Lunatic asylums in Bengal annual reports 1912-1924 - 1912-1924
Year: 1912
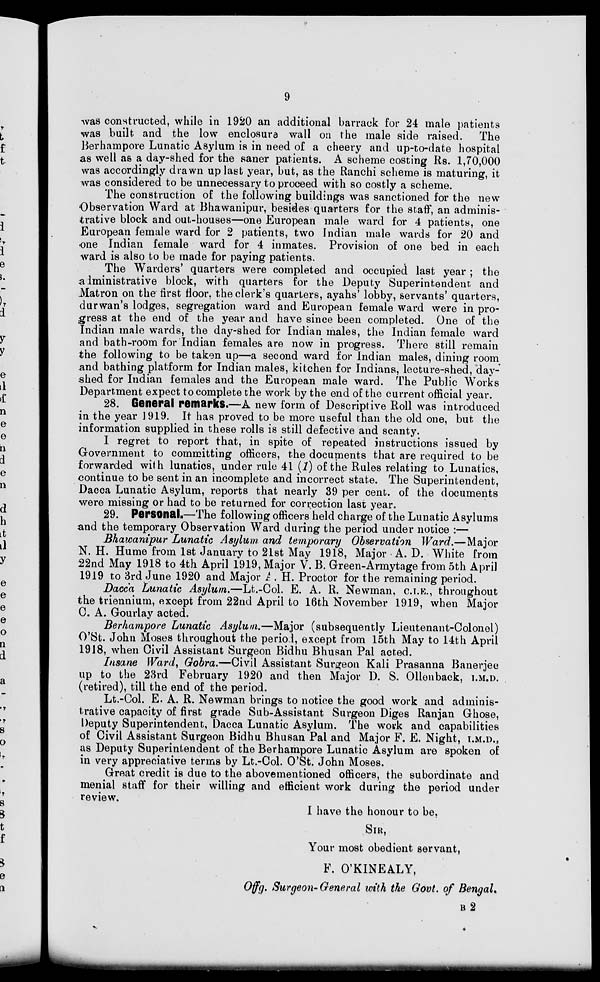
9
was constructed, while in 1920 an additional barrack for 24 male patients
was built and the low enclosure wall on the male side raised.
The
Berhampore Lunatic Asylum is in need of a cheery and up-to-date hospital
as well as a day-shed for the saner patients. A scheme costing Rs. 1,70,000
was accordingly drawn up last year, but, as the Ranchi scheme is maturing, it
was considered to be unnecessary to proceed with so costly a scheme.
The construction of the following buildings was sanctioned for the new
Observation Ward at Bhawanipur, besides quarters for the staff, an adminis-
trative block and out-houses—one European male ward for 4 patients, one
European female ward for 2 patients, two Indian male wards for 20 and
one Indian female ward for 4 inmates. Provision of one bed in each
ward is also to be made for paying patients.
The Warders' quarters were completed and occupied last year ; the
administrative block, with quarters for the Deputy Superintendent and
Matron on the first floor, the clerk's quarters, ayahs' lobby, servants' quarters,
durwan's lodges, segregation ward and European female ward were in pro-
gress at the end of the year and have since been completed. One of the
Indian male wards, the day-shed for Indian males, the Indian female ward
and bath-room for Indian females are now in progress. There still remain
the following to be taken up—a second ward for Indian males, dining room
and bathing platform for Indian males, kitchen for Indians, lecture-shed, day-
shed for Indian females and the European male ward. The Public Works
Department expect to complete the work by the end of the current official year.
28. General remarks.—A new form of Descriptive Roll was introduced
in the year 1919. It has proved to be more useful than the old one, but the
information supplied in these rolls is still defective and scanty.
I regret to report that, in spite of repeated instructions issued by
Government to committing officers, the documents that are required to be
forwarded with lunatics, under rule 41 (1) of the Rules relating to Lunatics,
continue to be sent in an incomplete and incorrect state. The Superintendent,
Dacca Lunatic Asylum, reports that nearly 39 per cent. of the documents
were missing or had to be returned for correction last year.
29. Personal.—The following officers held charge of the Lunatic Asylums
and the temporary Observation Ward during the period under notice :—
Bhawanipur Lunatic Asylum and temporary Observation Ward.—Major
N. H. Hume from 1st January to 21st May 1918, Major A. D. White from
22nd May 1918 to 4th April 1919, Major V. B. Green-Armytage from 5th April
1919 to 3rd June 1920 and Major A. H. Proctor for the remaining period.
Dacca Lunatic Asylum.—Lt.-Col. E. A. R. Newman, C.I.E., throughout
the triennium, except from 22nd April to 16th November 1919, when Major
C. A. Gourlay acted.
Berhampore Lunatic Asylum.—Major (subsequently Lieutenant-Colonel)
O'St. John Moses throughout the period, except from 15th May to 14th April
1918, when Civil Assistant Surgeon Bidhu Bhusan Pal acted.
Insane Ward, Gobra.—Civil Assistant Surgeon Kali Prasanna Banerjee
up to the 23rd February 1920 and then Major D. S. Ollenback, I.M.D.
(retired), till the end of the period.
Lt.-Col. E. A. R. Newman brings to notice the good work and adminis-
trative capacity of first grade Sub-Assistant Surgeon Diges Ranjan Ghose,
Deputy Superintendent, Dacca Lunatic Asylum. The work and capabilities
of Civil Assistant Surgeon Bidhu Bhusan Pal and Major F. E. Night, I.M.D.,
as Deputy Superintendent of the Berhampore Lunatic Asylum are spoken of
in very appreciative terms by Lt.-Col. O'St. John Moses.
Great credit is due to the abovementioned officers, the subordinate and
menial staff for their willing and efficient work during the period under
review.
I have the honour to be.
SIR,
Your most obedient servant,
F. O'KINEALY,
Offg. Surgeon-General with the Govt. of Bengal.
B 2